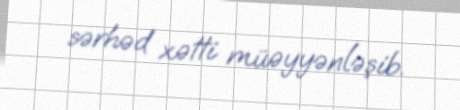
sərhəd xətti müəyyənləşib.